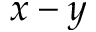
x - y